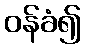
ဝန်ခံ၍